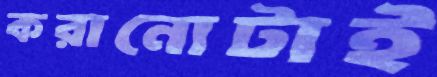
করানোটাই